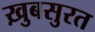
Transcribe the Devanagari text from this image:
ख़ुबसुरत